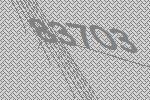
83703